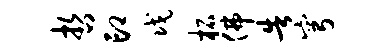
哲印戊柘佛告穹